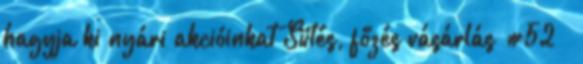
hagyja ki nyári akcióinkat Sütés, főzés vásárlás #52 –